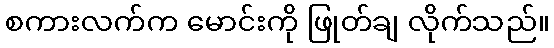
စကားလက်က မောင်းကို ဖြုတ်ချ လိုက်သည်။